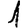
Digit: 1